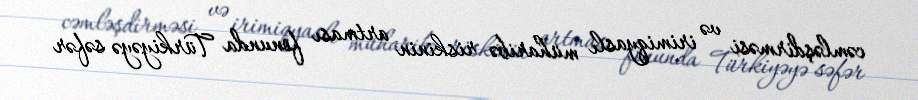
cəmləşdirməsi və irimiqyaslı müharibə riskinin artması fonunda Türkiyəyə səfər